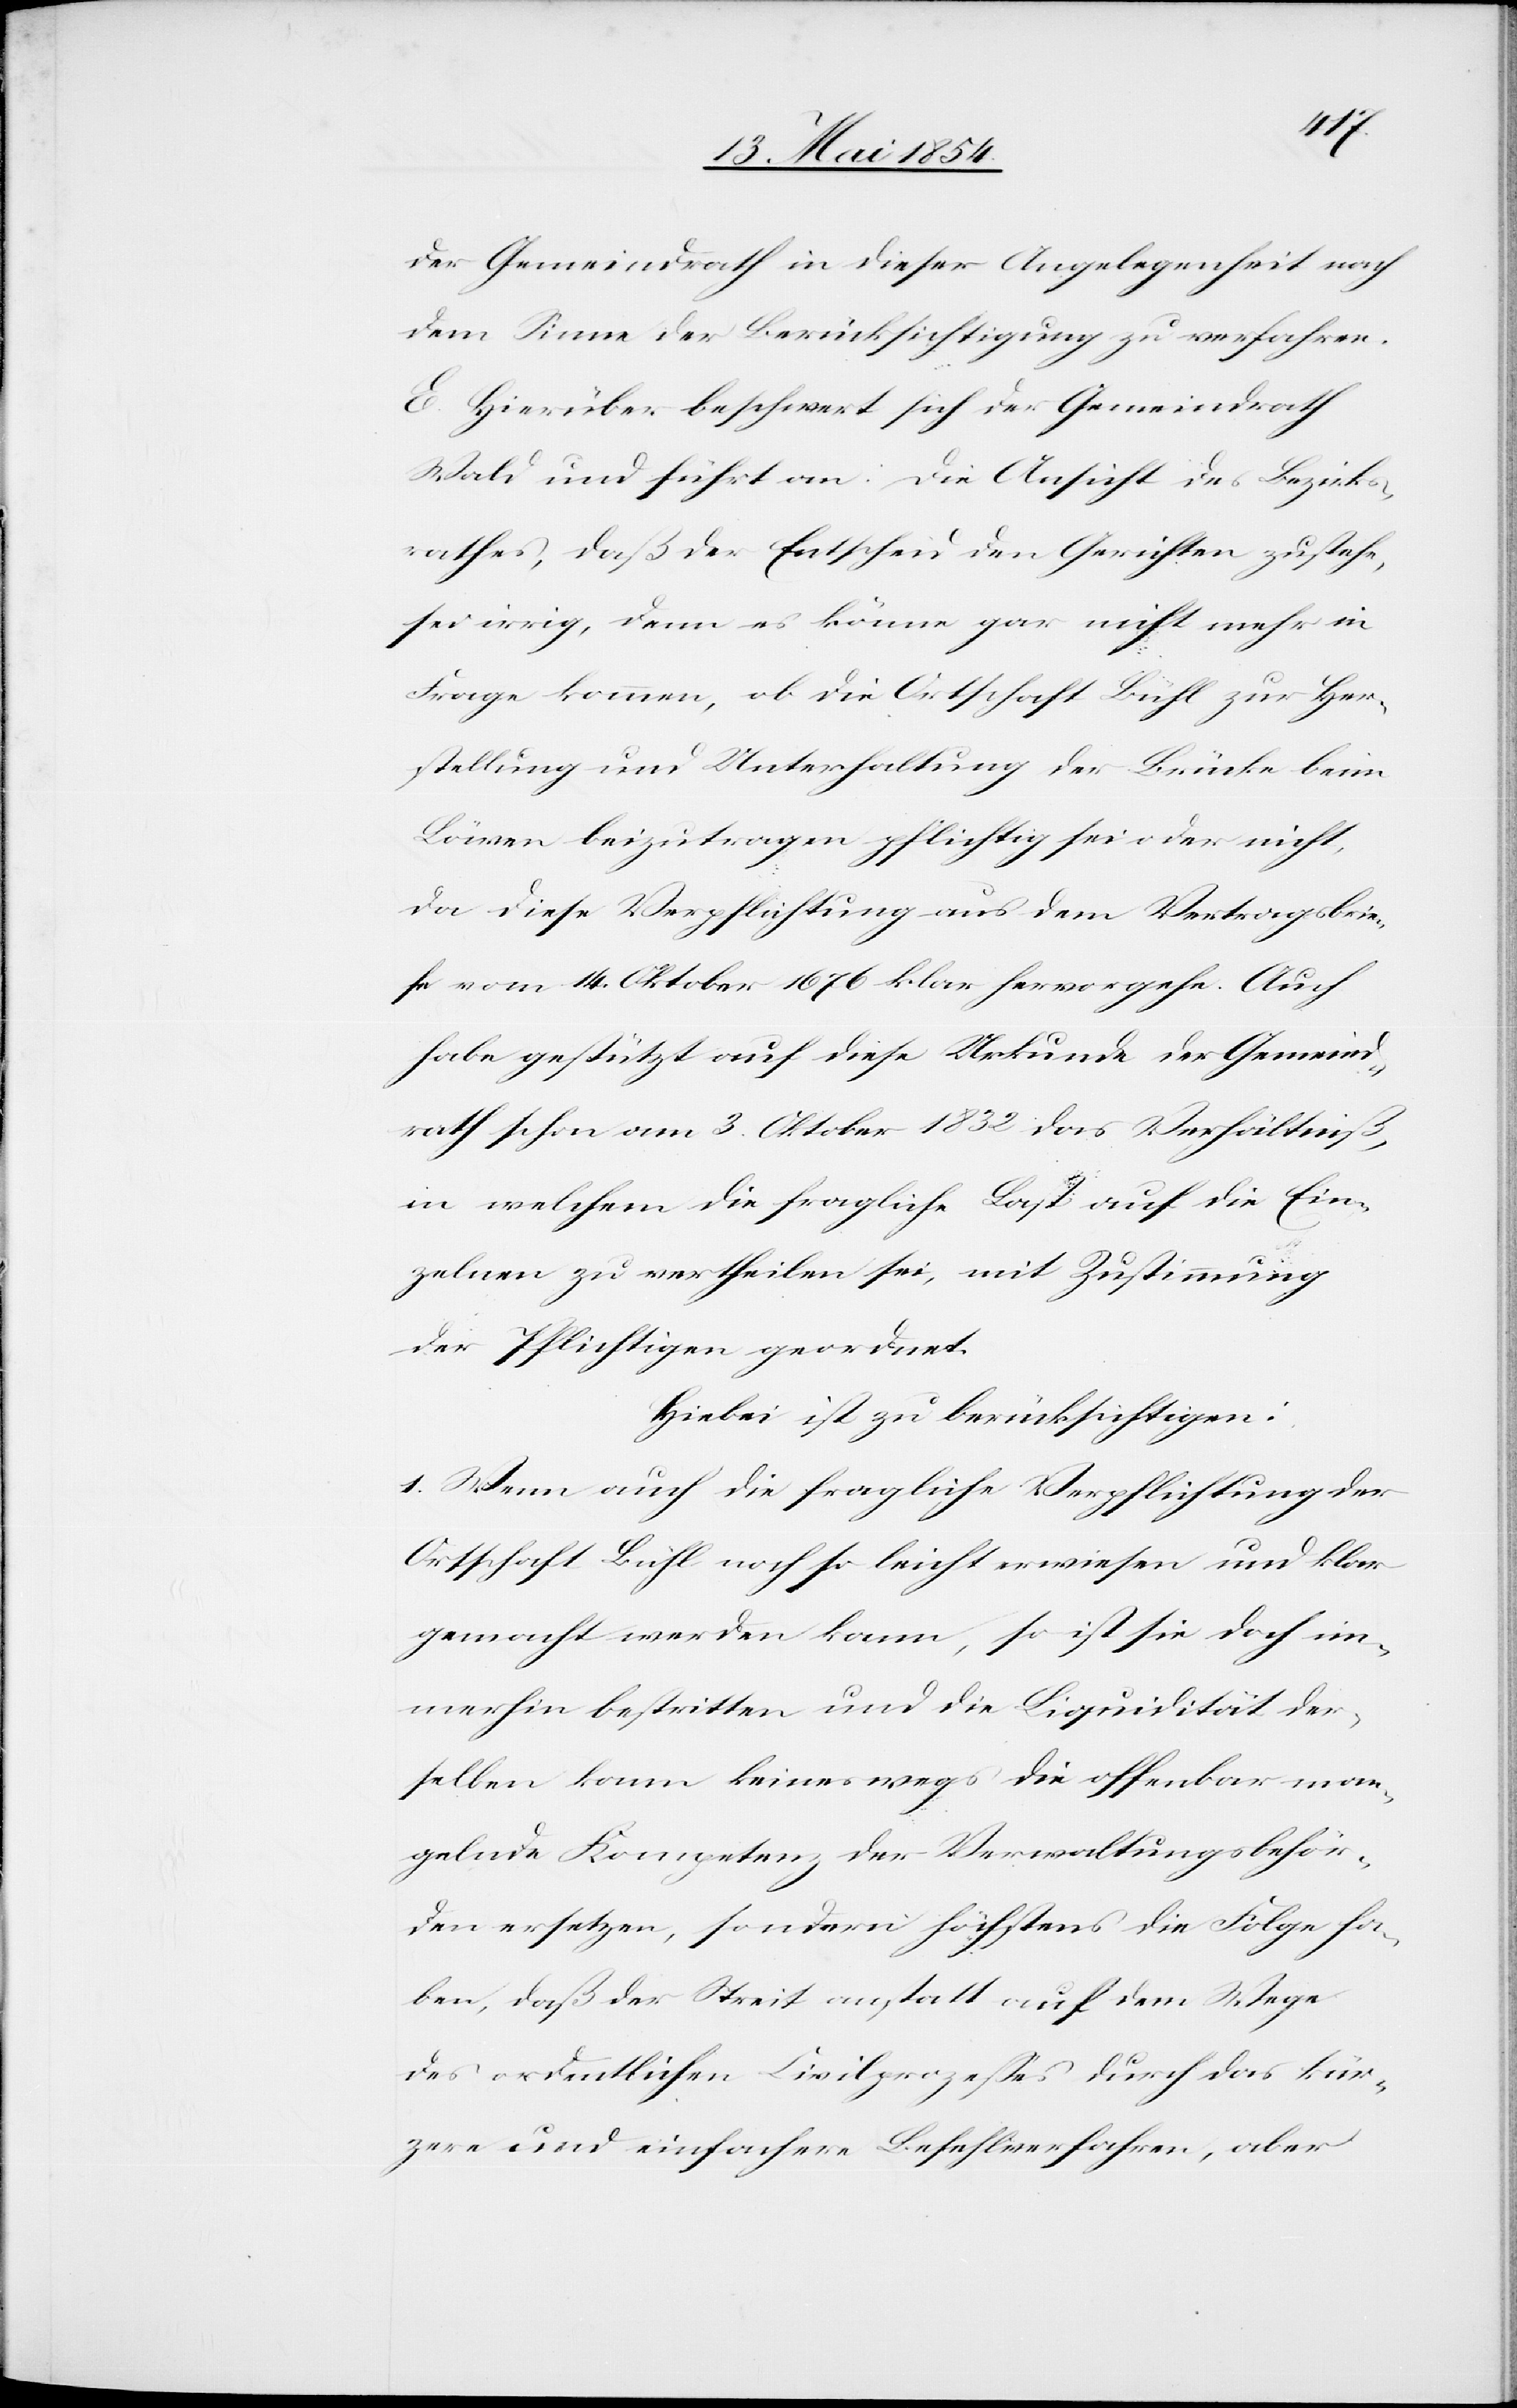
der Gemeindrath in dieser Angelegenheit nach
dem Sinne der Berücksichtigung zu verfahren.
E. Hierüber beschwert sich der Gemeindrath
Wald und führt an: Die Ansicht des Bezirks¬
rathes, daß der Entscheid den Gerichten zustehe,
sei irrig, denn es könne gar nicht mehr in
Frage kommen, ob die Ortschaft Bühl zur Her¬
stellung und Unterhaltung der Brücke beim
Löwen beizutragen pflichtig sei oder nicht,
da diese Verpflichtung aus dem Vertragsbrie¬
fe vom 14. Oktober 1676 klar hervorgehe. Auch
habe gestützt auf diese Urkunde der Gemeind¬
rath schon am 3. Oktober 1832 das Verhältniß,
in welchem die fragliche Last auf die Ein¬
zelnen zu vertheilen sei, mit Zustimmung
der Pflichtigen geordnet.
Hiebei ist zu berücksichtigen:
1. Wenn auch die fragliche Verpflichtung der
Ortschaft Bühl noch so leicht erwiesen und klar
gemacht werden kann, so ist sie doch im¬
merhin bestritten und die Liquidität der¬
selben kann keineswegs die offenbar man¬
gelnde Kompetenz der Verwaltungsbehör¬
den ersetzen, sondern höchstens die Folge ha¬
ben, daß der Streit anstatt auf dem Wege
des ordentlichen Civilprozeßes durch das kür¬
zere und einfachere Befehlsverfahren, aber